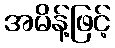
အမိန့်ဖြင့်